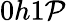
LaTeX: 0h1\mathcal{P}